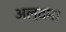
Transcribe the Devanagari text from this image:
अल्दमा